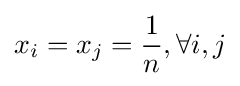
x_{i}=x_{j}={\frac {1}{n}},\forall i,j